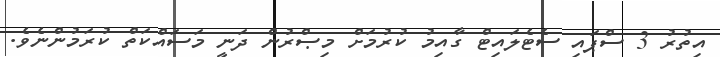
އިތުރު 3 ސްޕައި ސެޓެލައިޓް ގާއިމު ކުރުމަށް މިޞްރުން ދަނީ މަސައްކަތް ކުރަމުންނެވެ.